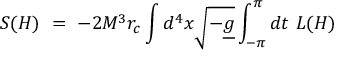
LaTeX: S ( H ) \ = \ - 2 M ^ { 3 } r _ { c } \int d ^ { 4 } x \sqrt { - \underline { { { g } } } } \int _ { - \pi } ^ { \pi } d t \ L ( H )